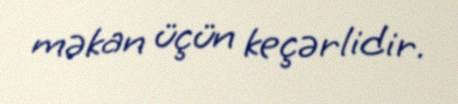
məkan üçün keçərlidir.